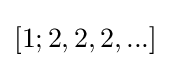
[1;2,2,2,...]